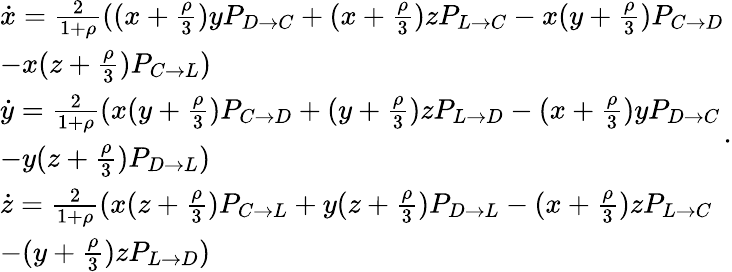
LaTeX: \begin{array}{l}{\dot{x}=\frac{2}{1+\rho}((x+\frac{\rho}{3})yP_{D\to C}+(x+\frac{\rho}{3})zP_{L\to C}-x(y+\frac{\rho}{3})P_{C\to D}}\\ {-x(z+\frac{\rho}{3})P_{C\to L})}\\ {\dot{y}=\frac{2}{1+\rho}(x(y+\frac{\rho}{3})P_{C\to D}+(y+\frac{\rho}{3})zP_{L\to D}-(x+\frac{\rho}{3})yP_{D\to C}}\\ {-y(z+\frac{\rho}{3})P_{D\to L})}\\ {\dot{z}=\frac{2}{1+\rho}(x(z+\frac{\rho}{3})P_{C\to L}+y(z+\frac{\rho}{3})P_{D\to L}-(x+\frac{\rho}{3})zP_{L\to C}}\\ {-(y+\frac{\rho}{3})zP_{L\to D})}\end{array}.